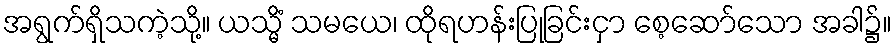
အရွက်ရှိသကဲ့သို့။ ယသ္မိံ သမယေ၊ ထိုရဟန်းပြုခြင်းငှာ စေ့ဆော်သော အခါ၌။